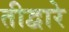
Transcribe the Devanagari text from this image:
तीद्वारे